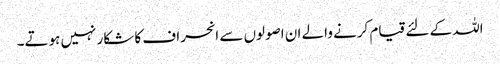
اللہ کے لئے قیام کرنے والے ان اصولوں سے انحراف کا شکار نہیں ہوتے۔